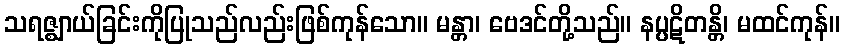
သရဇ္ဈာယ်ခြင်းကိုပြုသည်လည်းဖြစ်ကုန်သော။ မန္တာ၊ ဗေဒင်တို့သည်။ နပ္ပဋိတန္တိ၊ မထင်ကုန်။